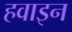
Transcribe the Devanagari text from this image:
हवाइन